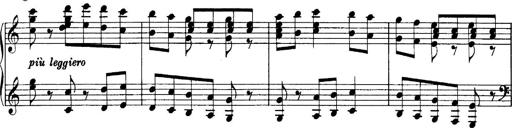
Title: Sonatina No.6
Composer: Ferruccio Busoni